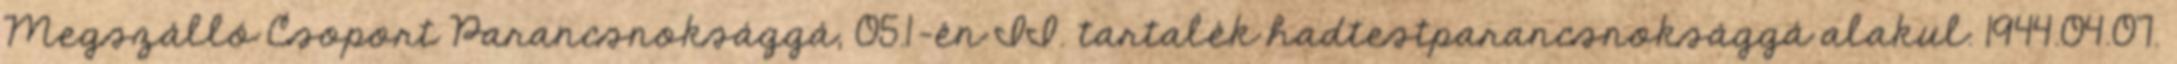
Megszálló Csoport Parancsnoksággá, 05.1-én II. tartalék hadtestparancsnoksággá alakul. 1944.04.07.